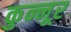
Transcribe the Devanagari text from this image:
कुन्नूर